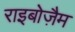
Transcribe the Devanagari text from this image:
राइबोज़ैम